Lunatic asylums United Provinces 1899-1908 - 1899-1908
Year: 1899
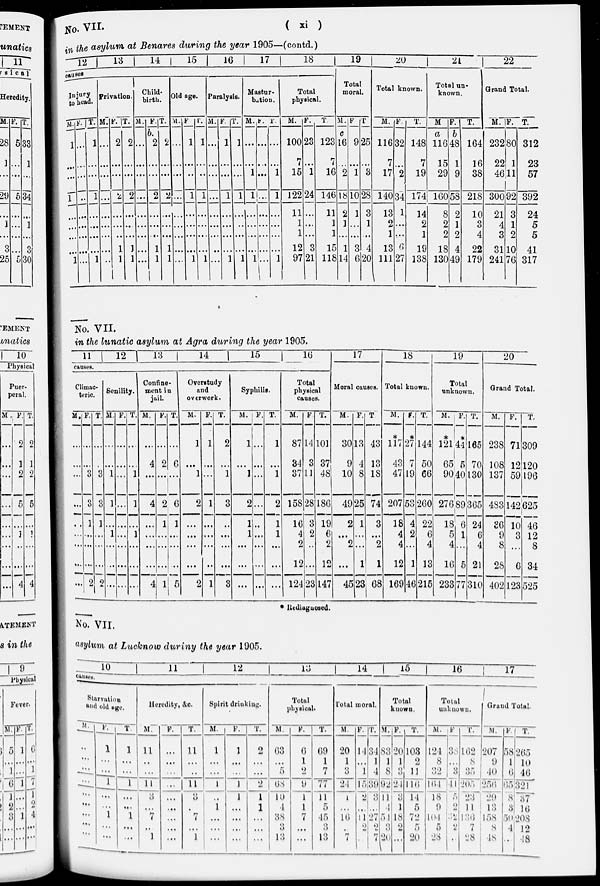
( xi )
No. VII.
in the asylum at Benares during the year 1905—(contd.)
12
13
14
15
16
17
18
causes.
Injury
to head.
M.
1
...
...
1
...
...
...
...
1
F.
...
...
...
...
...
...
...
...
...
T.
1
...
...
1
...
...
...
...
1
Privation.
M.
...
...
...
...
...
...
...
...
...
F.
2
...
...
2
...
...
...
1
1
T.
2
...
...
2
...
...
...
1
1
Child-
birth.
M.
...
...
...
...
...
...
...
...
...
F.
b.
2
...
...
2
...
...
...
1
1
T.
2
...
...
2
...
...
...
1
1
Old age.
M.
...
...
...
...
...
...
...
...
...
F.
1
...
...
1
...
...
...
...
1
T.
1
...
...
1
...
...
...
...
1
Paralysis.
M.
...
...
...
...
...
...
...
...
...
F.
1
...
...
1
...
...
...
...
1
T.
1
...
...
1
...
...
...
...
1
Mastur-
bation.
M.
...
...
1
1
...
...
...
...
1
F.
...
...
...
...
...
...
...
...
...
T.
...
...
1
1
...
...
...
...
1
Total
physical.
M.
100
7
15
122
11
1
1
12
97
F.
23
...
1
24
...
...
...
3
21
T.
123
7
16
146
11
1
1
15
118
19
Total
moral.
M.
c
16
...
2
18
2
1
...
1
14
F.
9
...
1
10
1
...
...
3
6
T.
25
...
3
28
3
1
...
4
20
20
Total known.
M.
116
7
17
140
13
2
1
13
111
F.
32
...
2
34
1
...
...
6
27
T.
148
7
19
174
14
2
1
19
138
21
Total un-
known.
M
a
116
15
29
160
8
2
2
18
130
F.
b
48
1
9
58
2
1
2
4
49
T.
164
16
38
218
10
3
4
22
179
22
Grand Total.
M.
232
22
46
300
21
4
3
31
241
F.
80
1
11
92
3
1
2
10
76
T.
312
23
57
392
24
5
5
41
317
No. VII.
in the lunatic asylum at Agra during the year 1905.
11
12
13
14
15
16
causes.
Climac-
teric.
M.
...
...
...
...
...
...
...
...
...
F.
...
...
3
3
1
...
...
...
2
T.
...
...
3
3
1
...
...
...
2
Senility.
M.
...
...
1
1
...
1
...
...
...
F.
...
...
...
...
...
...
...
...
...
T.
...
...
1
1
...
1
...
...
...
Confine-
ment in
jail.
M.
...
4
...
4
...
...
...
...
4
F.
...
2
...
2
1
...
...
...
1
T.
...
6
...
6
1
...
...
...
5
Overstudy
and
overwork.
M.
1
...
1
2
...
...
...
...
2
F.
1
...
...
1
...
...
...
...
1
T.
2
...
1
3
...
...
...
...
3
Syphilis.
M.
1
...
1
2
1
1
...
...
...
F.
...
...
...
...
...
...
...
...
...
T.
1
...
1
2
1
1
...
...
...
Total
physical
causes.
M.
87
34
37
158
16
4
2
12
124
F.
14
3
11
28
3
2
...
...
23
T.
101
37
48
186
19
6
2
12
147
17
Moral causes.
M.
30
9
10
49
2
...
2
...
45
F.
13
4
8
25
1
...
...
1
23
T.
43
13
18
74
3
...
2
1
68
18
Total known.
M.
*
117
43
47
207
18
4
4
12
169
F.
*
27
7
19
53
4
2
...
1
46
T.
144
50
66
260
22
6
4
13
215
19
Total
unknown.
M.
*
121
65
90
276
18
5
4
16
233
F.
*
44
5
40
89
6
1
...
5
77
T.
165
70
130
365
24
6
4
21
310
20
Grand Total.
M.
238
108
137
483
36
9
8
28
402
F.
71
12
59
142
10
3
...
6
123
T.
309
120
196
625
46
12
8
34
525
* Rediagnosed.
No. VII.
asylum at Lucknow during the year 1905.
10
11
12
13
14
15
16
17
causes.
Starvation
an old age.
M.
...
...
...
...
...
...
...
...
...
F.
1
...
...
1
...
...
1
...
...
T
1
...
...
1
...
...
1
...
...
Heredity, &c.
M.
11
...
...
11
...
...
...
...
1
F.
...
...
...
...
...
...
...
...
...
T.
11
...
...
11
...
...
...
...
1
Spirit drinking.
M.
1
...
...
1
...
1
...
...
...
F.
1
...
...
1
1
...
...
...
...
T.
2
...
...
2
1
1
...
...
...
Total
physical.
M.
63
...
5
68
10
4
38
3
13
F.
6
1
2
9
1
l
7
...
...
T.
69
1
7
77
11
5
45
3
13
Total moral.
M.
20
1
3
24
l
...
16
...
7
F.
14
...
1
15
2
...
14
2
...
T.
31
1
4
39
3
...
27
2
7
Total
known.
M.
83
1
8
92
11
4
54
3
20
F.
20
1
3
24
3
1
18
2
...
T.
103
2
11
416
14
5
72
5
20
Total
unknown.
M.
124
8
32
164
18
9
104
5
28
F.
38
...
3
41
5
2
32
2
...
T.
162
8
35
205
23
11
136
7
28
Grand Total.
M.
207
9
40
256
29
13
158
8
48
F.
58
1
6
65
8
3
50
4
...
T.
265
10
46
321
37
16
208
12
48